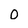
Character: 0